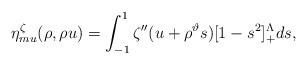
LaTeX: \begin{align*}\eta_{mu}^\zeta(\rho,\rho u)=\int_{-1}^1\zeta''(u+\rho^\vartheta s)[1-s^2]_+^\Lambda ds,\end{align*}